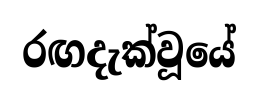
රඟදැක්වූයේ